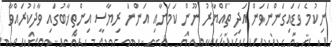
ނިކުމެ ވަޑައިގަންނަވަން އަދި ތައްޔާރު ނޫން ކަމަށާއި އަންނަ ރިޔާސީ އިންތިޚާބުގައި ވާދަކުރައްވާ